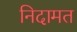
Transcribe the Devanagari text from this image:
निदामत